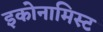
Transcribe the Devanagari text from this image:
इकोनामिस्ट